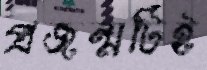
প্রজন্মটিই